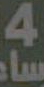
EA